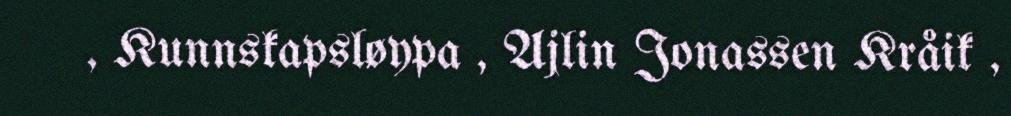
, Kunnskapsløypa , Ajlin Jonassen Kråik ,